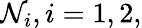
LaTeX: \mathcal{N}_{i},i=1,2,